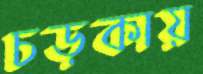
চড়কায়